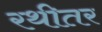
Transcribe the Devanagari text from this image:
रथीतर